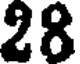
28